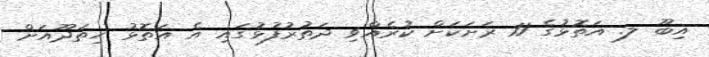
އިބޫ ލ. އަތޮޅުގެ 11 ރަށަކަށް ކުރެއްވި ދަތުރުފުޅުގައި އެ އަތޮޅު ހިތަދޫއަށް